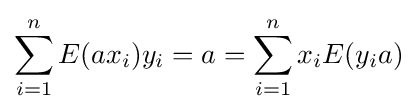
\sum _{i=1}^{n}E(ax_{i})y_{i}=a=\sum _{i=1}^{n}x_{i}E(y_{i}a)